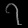
Digit: ၇